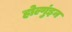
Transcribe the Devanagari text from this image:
होल्गुंइन